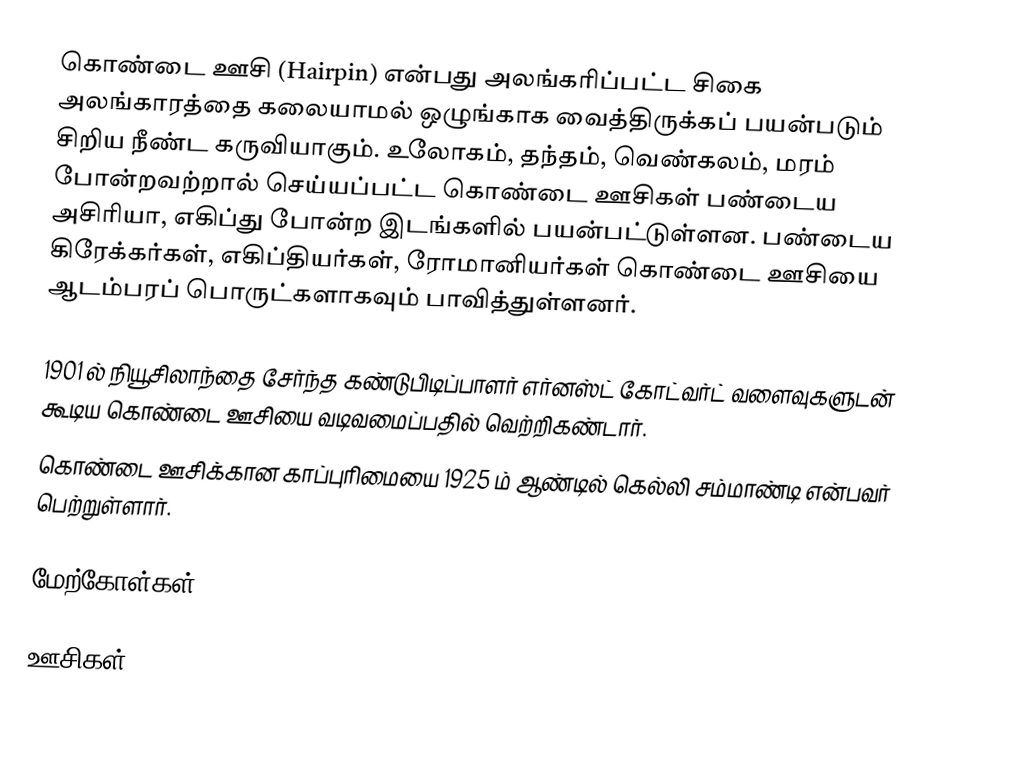
கொண்டை ஊசி (Hairpin) என்பது அலங்கரிப்பட்ட சிகை அலங்காரத்தை கலையாமல் ஒழுங்காக வைத்திருக்கப் பயன்படும் சிறிய நீண்ட கருவியாகும். உலோகம், தந்தம், வெண்கலம், மரம் போன்றவற்றால் செய்யப்பட்ட கொண்டை ஊசிகள் பண்டைய அசிரியா, எகிப்து போன்ற இடங்களில் பயன்பட்டுள்ளன. பண்டைய கிரேக்கர்கள், எகிப்தியர்கள், ரோமானியர்கள் கொண்டை ஊசியை ஆடம்பரப் பொருட்களாகவும் பாவித்துள்ளனர்.

1901 ல் நியூசிலாந்தை சேர்ந்த கண்டுபிடிப்பாளர் எர்னஸ்ட் கோட்வர்ட் வளைவுகளுடன் கூடிய கொண்டை ஊசியை வடிவமைப்பதில் வெற்றிகண்டார்.
கொண்டை ஊசிக்கான காப்புரிமையை 1925 ம் ஆண்டில் கெல்லி சம்மாண்டி என்பவர் பெற்றுள்ளார்.

மேற்கோள்கள்

ஊசிகள்